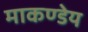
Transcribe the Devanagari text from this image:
माकण्डेय